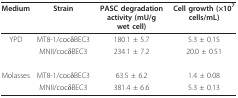
<table><thead><tr><td><b>Medium</b></td><td><b>Strain</b></td><td><b>PASC degradation activity (mU/g wet cell)</b></td><td><b>Cell growth (×10<sup>7 </sup>cells/mL)</b></td></tr></thead><tbody><tr><td>YPD</td><td>MT8-1/cocδBEC3</td><td>180.1 ± 5.7</td><td>5.3 ± 0.15</td></tr><tr><td></td><td>MNII/cocδBEC3</td><td>234.1 ± 7.2</td><td>20.0 ± 0.51</td></tr><tr><td>Molasses</td><td>MT8-1/cocδBEC3</td><td>63.5 ± 6.2</td><td>1.4 ± 0.08</td></tr><tr><td></td><td>MNII/cocδBEC3</td><td>381.4 ± 6.6</td><td>5.3 ± 0.13</td></tr></tbody></table>